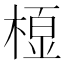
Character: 𭫓